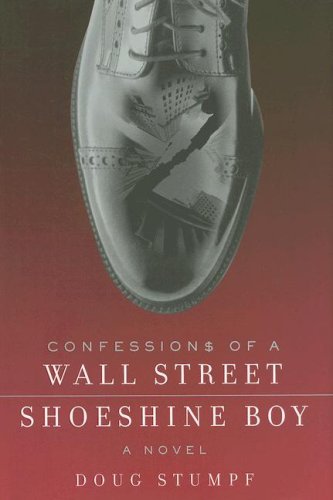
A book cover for Confessions of a Wall Street Shoeshine Boy: A Novel; Doug Stumpf; Mystery, Thriller & Suspense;